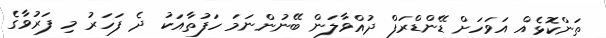
ތަންކޮޅެއް އަވަހަށް ޑޭންޑްރަފް ދުއްވާލަން ބޭނުންނަމަ ހަފުތާއަކު ދެ ފަހަރު މި ފަރުވާގެ